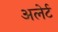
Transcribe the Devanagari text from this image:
अलेर्ट